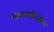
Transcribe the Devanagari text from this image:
परवानगीनंतरच